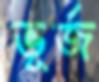
ভূর্জ